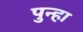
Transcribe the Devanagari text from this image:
पुन्‍हा